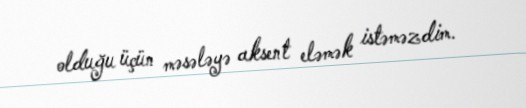
olduğu üçün məsələyə aksent eləmək istəməzdim.